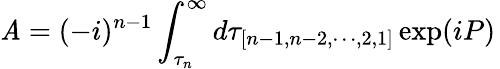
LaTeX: \mathit{A}=(-i)^{n-1}\int_{\tau_{n}}^{\infty}d\tau_{[n-1,n-2,\cdots,2,1]}\exp(iP)\,